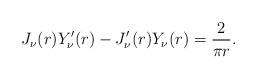
LaTeX: \begin{align*} J_\nu(r)Y_\nu^\prime(r)-J^\prime_\nu(r)Y_\nu(r) = \frac{2}{\pi r}.\end{align*}